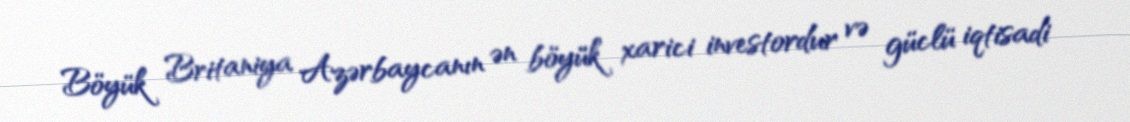
Böyük Britaniya Azərbaycanın ən böyük xarici investordur və güclü iqtisadi